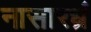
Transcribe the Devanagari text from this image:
नासारध्रं